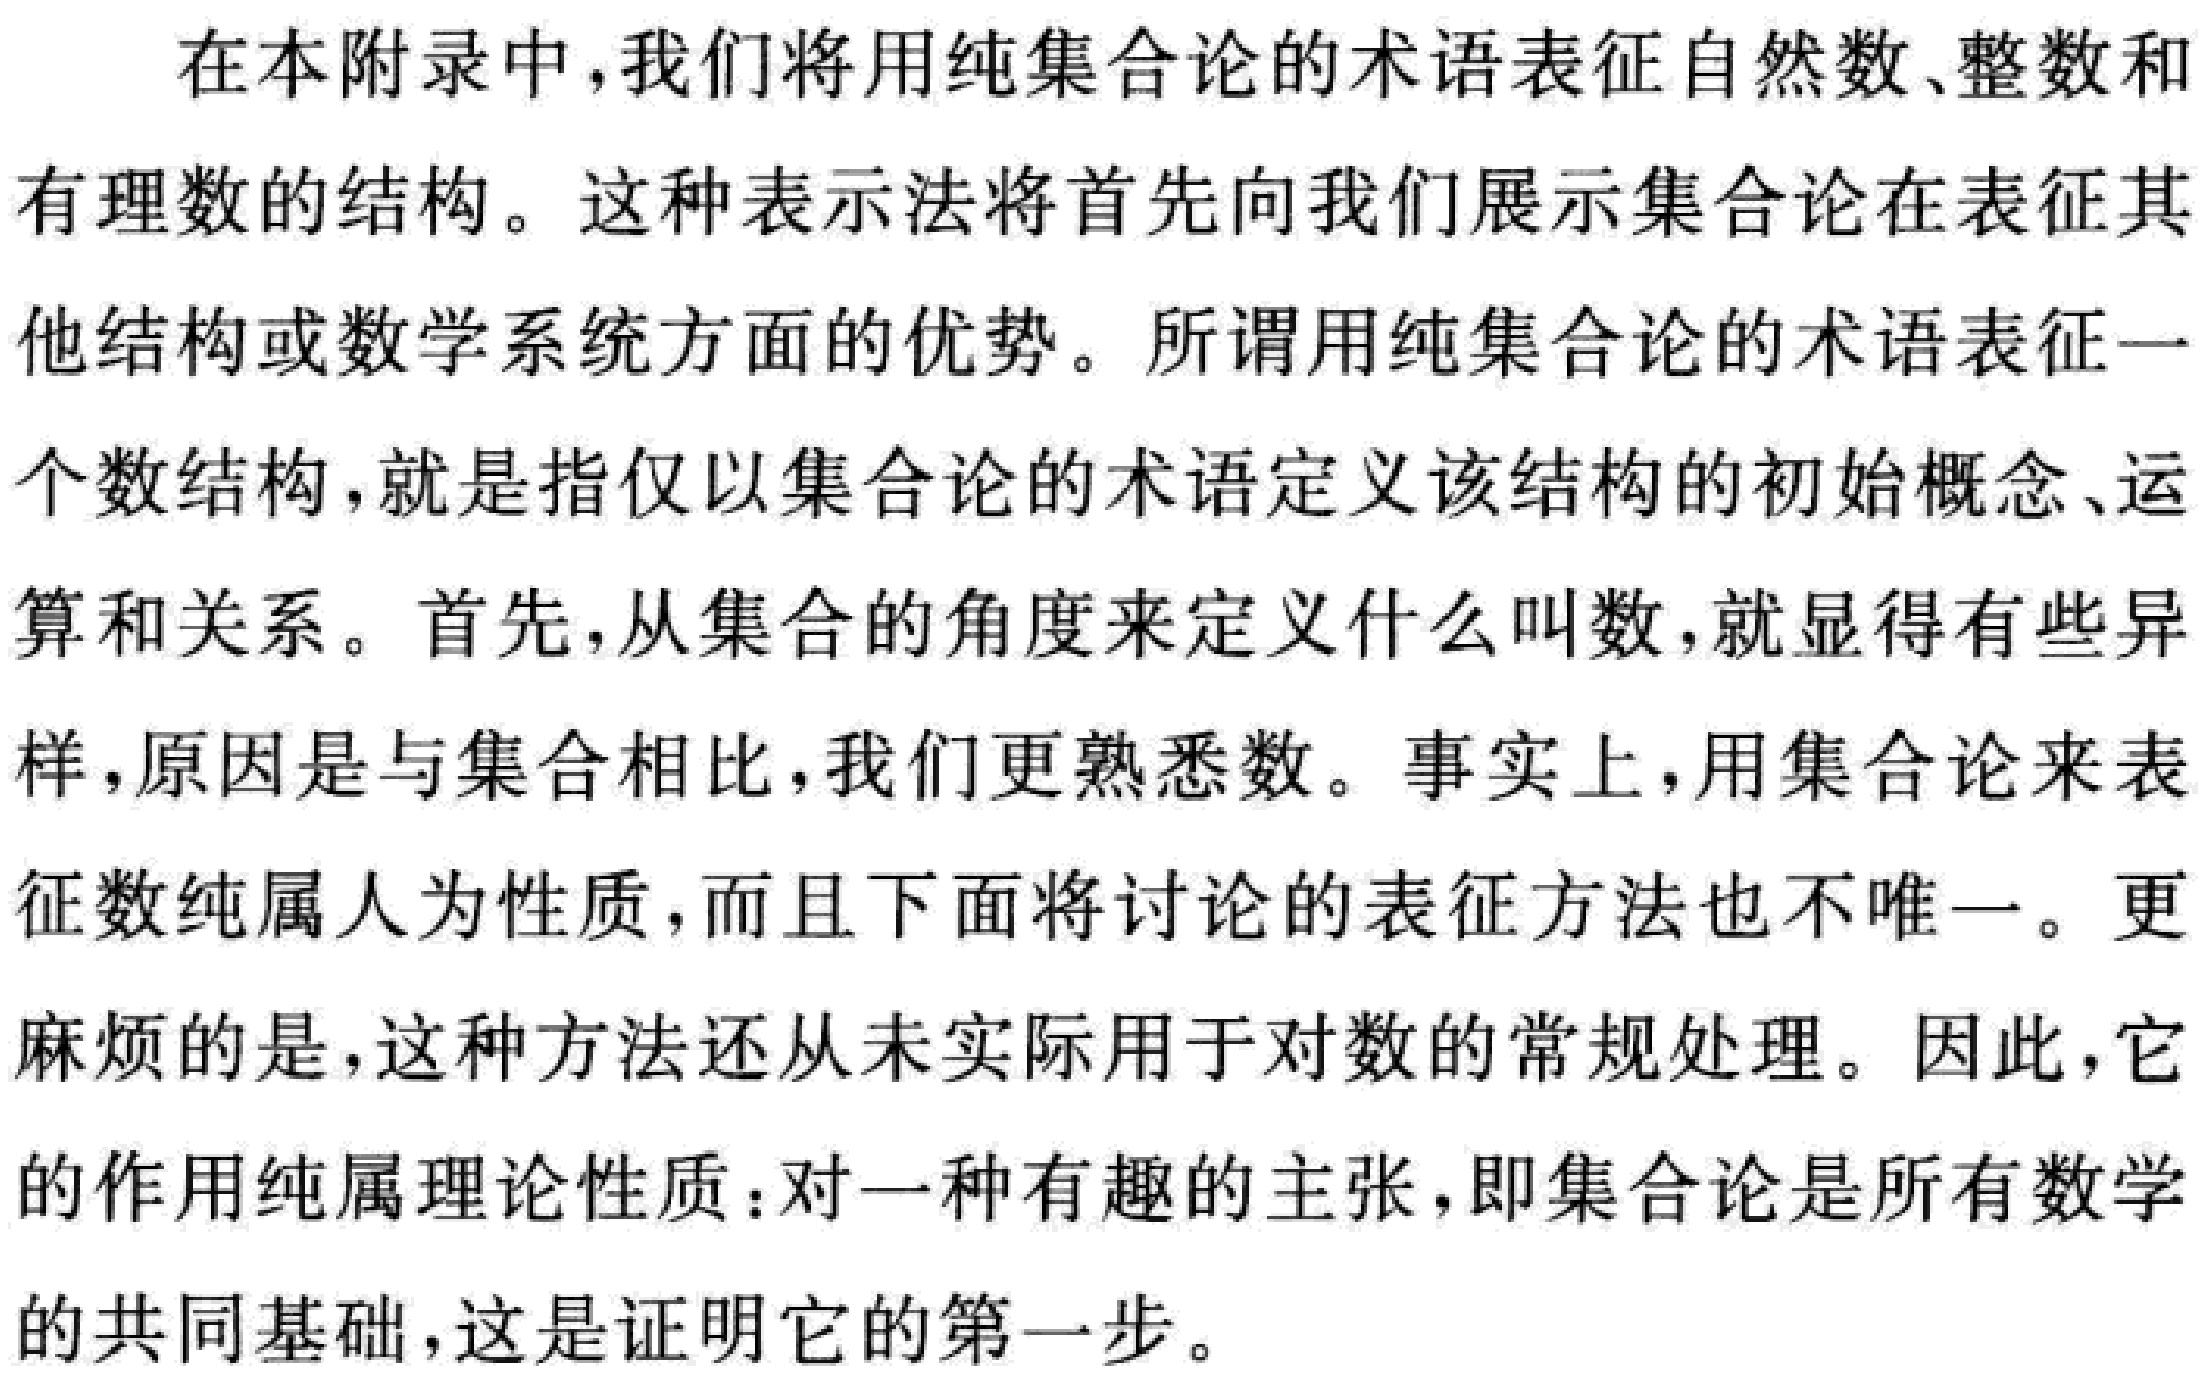
在本附录中，我们将用纯集合论的术语表征自然数、整数和
有理数的结构。这种表示法将首先向我们展示集合论在表征其
他结构或数学系统方面的优势。所谓用纯集合论的术语表征一
个数结构，就是指仅以集合论的术语定义该结构的初始概念、运
算和关系。首先，从集合的角度来定义什么叫数，就显得有些异
样，原因是与集合相比，我们更熟悉数。事实上，用集合论来表
征数纯属人为性质，而且下面将讨论的表征方法也不唯一。更
麻烦的是，这种方法还从未实际用于对数的常规处理。因此，它
的作用纯属理论性质：对一种有趣的主张，即集合论是所有数学
的共同基础，这是证明它的第一步。